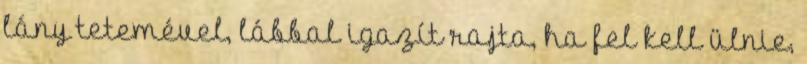
lány tetemével, lábbal igazít rajta, ha fel kell ülnie,